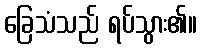
ခြေသံသည် ရပ်သွား၏။